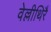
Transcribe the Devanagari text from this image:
वेल्लीथिरै